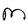
Character: M